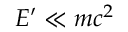
E ^ { \prime } \ll m c ^ { 2 }